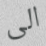
الى